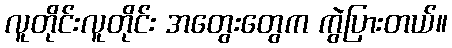
လူတိုင်းလူတိုင်း အတွေးတွေက ကွဲပြားတယ်။